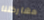
مشاركتنا